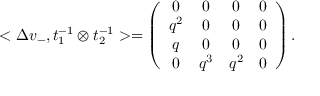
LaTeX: < \Delta v _ { - } , t _ { 1 } ^ { - 1 } \otimes t _ { 2 } ^ { - 1 } > = \left( \begin{array} { c c c c } { { 0 } } & { { 0 } } & { { 0 } } & { { 0 } } \\ { { q ^ { 2 } } } & { { 0 } } & { { 0 } } & { { 0 } } \\ { { q } } & { { 0 } } & { { 0 } } & { { 0 } } \\ { { 0 } } & { { q ^ { 3 } } } & { { q ^ { 2 } } } & { { 0 } } \end{array} \right) .